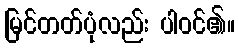
မြင်တတ်ပုံလည်း ပါဝင်၏။